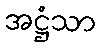
အဋ္ဌံသာ